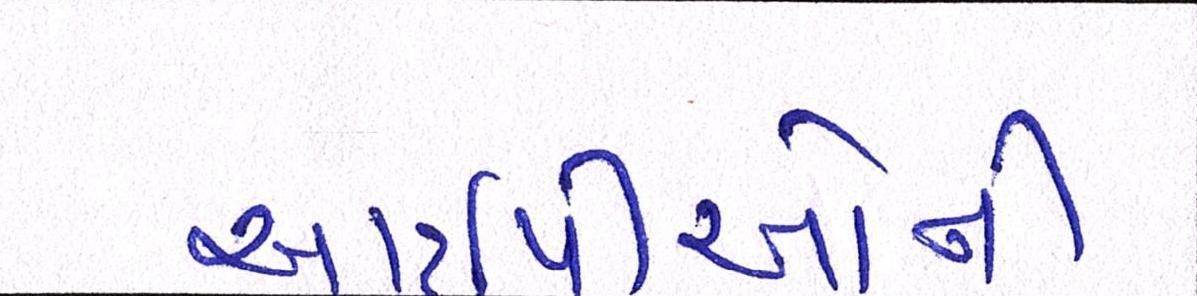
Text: આઇપીઓની